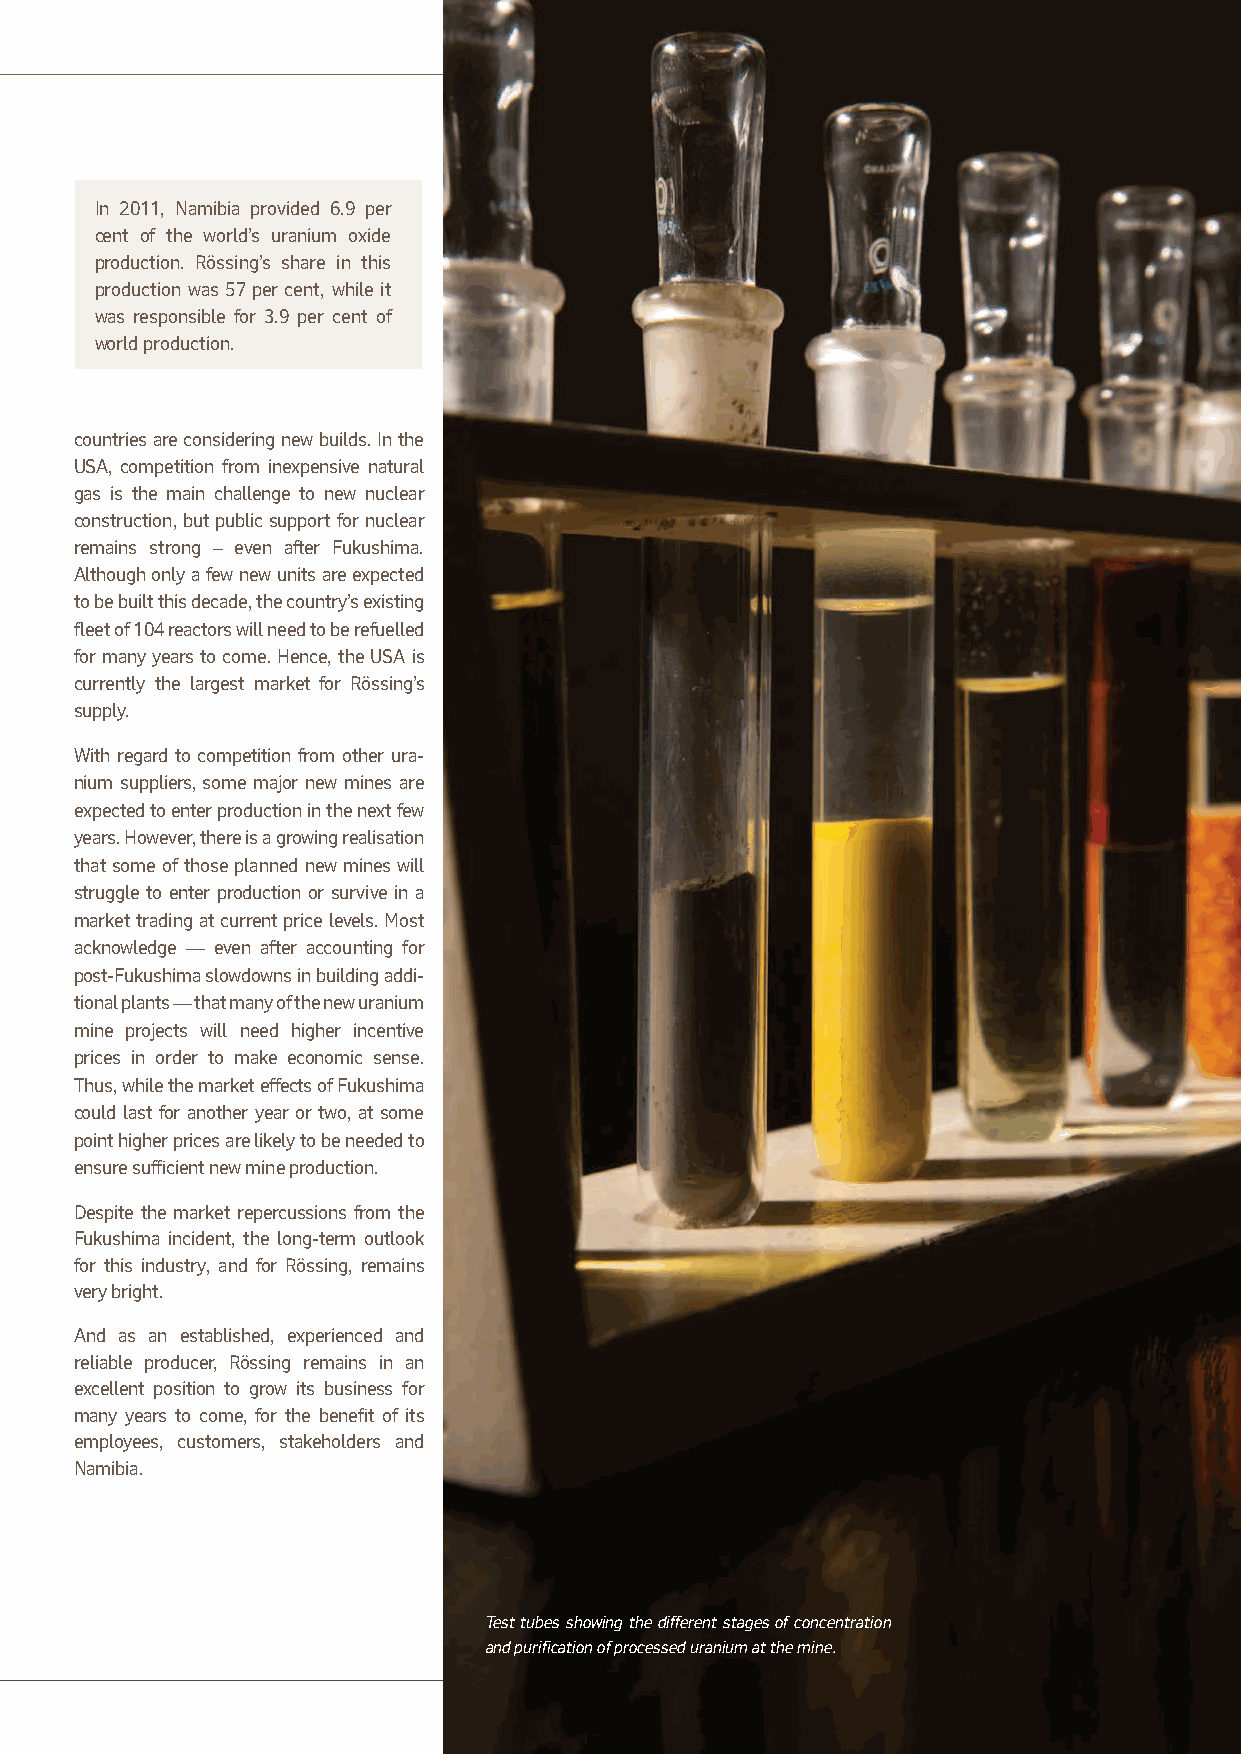
In 2011, Namibia provided 6.9 per
 cent of the world’s uranium oxide
 production. Rössing’s share in this
 production was 57 per cent, while it
 was responsible for 3.9 per cent of
 world production.
 countries are considering new builds. In the
 USA, competition from inexpensive natural
 gas is the main challenge to new nuclear
 construction, but public support for nuclear
 remains strong – even after Fukushima.
 Although only a few new units are expected
 to be built this decade, the country’s existing
 fleet of 104 reactors will need to be refuelled
 for many years to come. Hence, the USA is
 currently the largest market for Rössing’s
 supply.
 With regard to competition from other ura-
 nium suppliers, some major new mines are
 expected to enter production in the next few
 years. However, there is a growing realis ation
 that some of those planned new mines will
 struggle to enter production or survive in a
 market trading at current price levels. Most
 acknowledge — even after account ing for
 post-Fukushima slowdowns in building addi-
 tional plants — that many of the new uranium
 mine projects will need higher incentive
 prices in order to make economic sense.
 Thus, while the market effects of Fukushima
 could last for another year or two, at some
 point higher prices are likely to be needed to
 ensure sufficient new mine production.
 Despite the market repercussions from the
 Fukushima incident, the long-term outlook
 for this industry, and for Rössing, remains
 very bright.
 And as an established, experienced and
 reliable producer, Rössing remains in an
 excellent position to grow its business for
 many years to come, for the benefit of its
 employees, customers, stakeholders and
 Namibia.
 Test tubes showing the different stages of concentration
 and purification of processed uranium at the mine.
 Rössing Uranium Limited | Report to Stakeholders | 2011 17